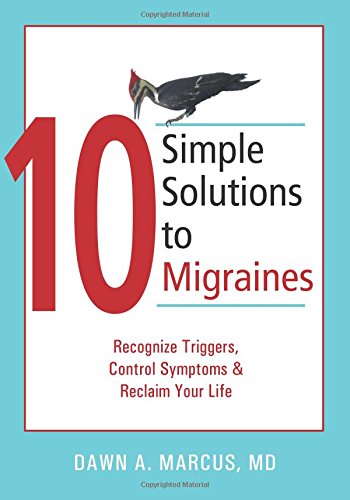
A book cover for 10 Simple Solutions to Migraines: Recognize Triggers, Control Symptoms, and Reclaim Your Life (The New Harbinger Ten Simple Solutions Series); Dawn Marcus MD; Health, Fitness & Dieting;